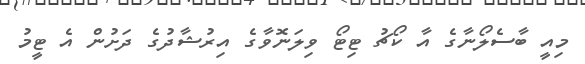
މިއީ ބާސެލޯނާގެ އާ ކޯޗު ޓިޓޯ ވިލަނޮވާގެ އިރުޝާދުގެ ދަށުން އެ ޓީމު